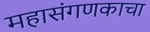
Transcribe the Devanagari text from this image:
महासंगणकाचा